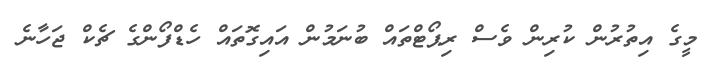
މީގެ އިތުރުން ކުރިން ވެސް ރިޕޯޓްތައް ބުނަމުން އައިގޮތައް ހެޑްފޯންގެ ޗެކް ޖަހާނެ